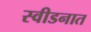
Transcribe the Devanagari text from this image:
स्वीडनात